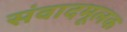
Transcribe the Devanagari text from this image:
संवादमूलक